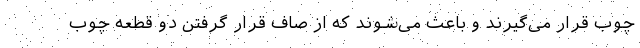
چوب قرار می‌گیرند و باعث می‌شوند که از صاف قرار گرفتن دو قطعه چوب